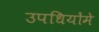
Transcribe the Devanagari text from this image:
उपधियोंमे